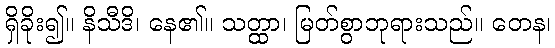
ရှိခိုး၍။ နိသီဒိ၊ နေ၏။ သတ္ထာ၊ မြတ်စွာဘုရားသည်။ တေန၊